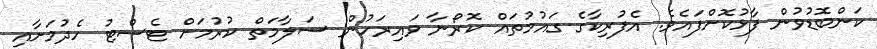
ކަންބޮޑުވުން ފާޅުކޮށްފައެވެ. އެފުރިކާގެ ގައުމުތައް ކޮރޯނާ ވައިރަހުން ސަލާމަތް ކުރުމަށް ޓެސްޓު ހެދުމަށާއި